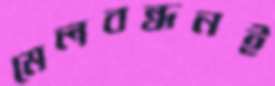
মেলবন্ধনই